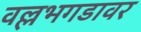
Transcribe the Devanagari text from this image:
वल्लभगडावर